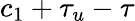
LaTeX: c_{1}+\tau_{u}-\tau